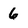
Character: 6